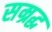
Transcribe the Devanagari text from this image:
सम्रद्ध